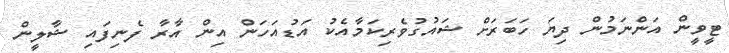
ޓީވީން އަންނަމުން ދިޔަ ހަބަރަށް ޝައުގުވެރިކަމާއެކު އަޑުއަހަން އިން އާރާ ފެނިފައި ޝާލީން